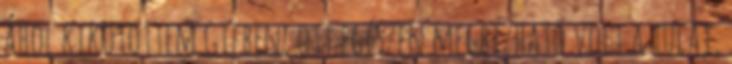
ahol kikötöttem Gifben, ott egészen megbízható volt a tulaj,